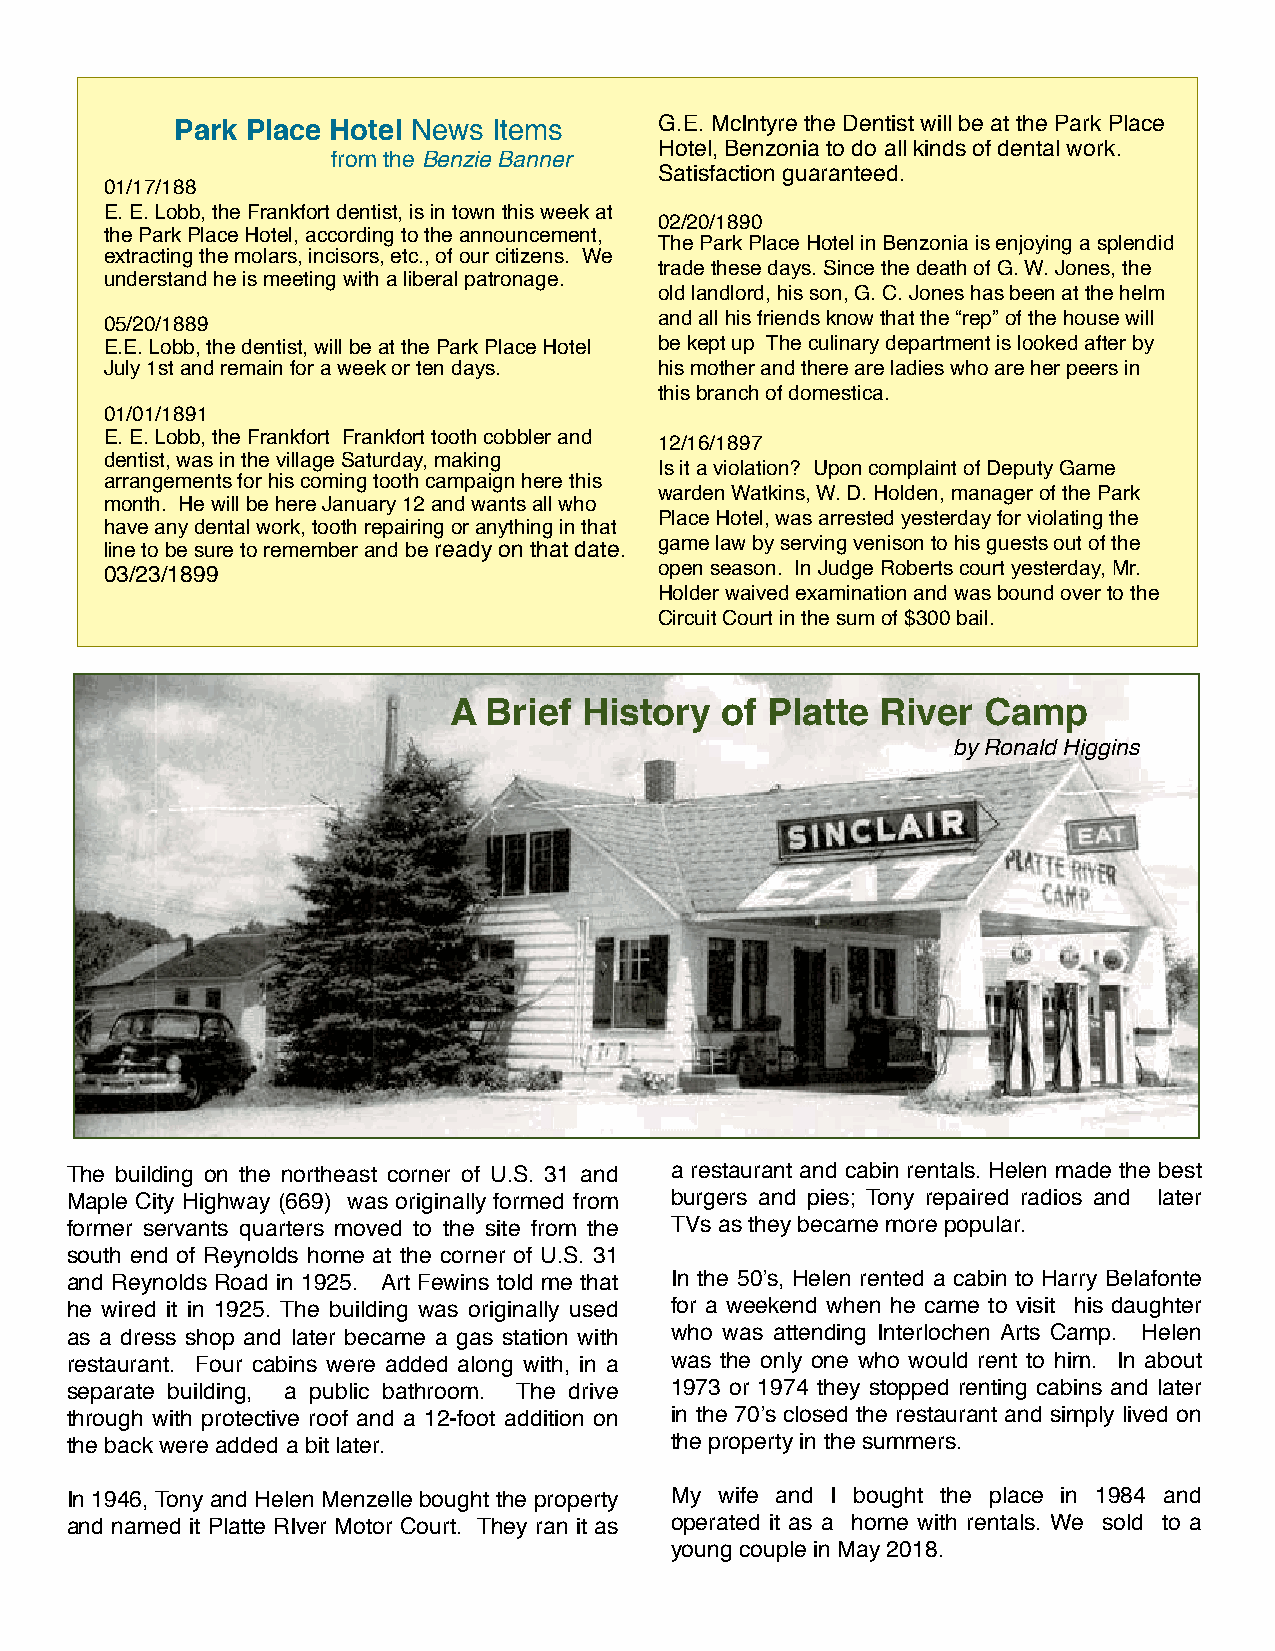
Park Place Hotel News Items     G.E. McIntyre the Dentist will be at the Park Place
 Hotel, Benzonia to do all kinds of dental work.
 from the Benzie Banner
 Satisfaction guaranteed.
 01/17/188
 E. E. Lobb, the Frankfort dentist, is in town this week at
 02/20/1890
 the Park Place Hotel, according to the announcement,
 The Park Place Hotel in Benzonia is enjoying a splendid
 extracting the molars, incisors, etc., of our citizens. We
 trade these days. Since the death of G. W. Jones, the
 understand he is meeting with a liberal patronage.
 old landlord, his son, G. C. Jones has been at the helm
 05/20/1889                           and all his friends know that the “rep” of the house will
 E.E. Lobb, the dentist, will be at the Park Place Hotel be kept up The culinary department is looked after by
 July 1st and remain for a week or ten days. his mother and there are ladies who are her peers in
 this branch of domestica.
 01/01/1891
 E. E. Lobb, the Frankfort Frankfort tooth cobbler and 12/16/1897
 dentist, was in the village Saturday, making
 Is it a violation? Upon complaint of Deputy Game
 arrangements for his coming tooth campaign here this
 warden Watkins, W. D. Holden, manager of the Park
 month. He will be here January 12 and wants all who
 Place Hotel, was arrested yesterday for violating the
 have any dental work, tooth repairing or anything in that
 line to be sure to remember and be ready on that date. game law by serving venison to his guests out of the
 03/23/1899                           open season. In Judge Roberts court yesterday, Mr.
 Holder waived examination and was bound over to the
 Circuit Court in the sum of $300 bail.
 A Brief  History  of Platte River  Camp
 by Ronald Higgins
 The building on the northeast corner of U.S. 31 and a restaurant and cabin rentals. Helen made the best
 Maple City Highway (669) was originally formed from burgers and pies; Tony repaired radios and later
 former servants quarters moved to the site from the TVs as they became more popular.
 south end of Reynolds home at the corner of U.S. 31
 and Reynolds Road in 1925. Art Fewins told me that In the 50ʼs, Helen rented a cabin to Harry Belafonte
 he wired it in 1925. The building was originally used for a weekend when he came to visit his daughter
 as a dress shop and later became a gas station with who was attending Interlochen Arts Camp. Helen
 restaurant. Four cabins were added along with, in a was the only one who would rent to him. In about
 separate building, a public bathroom. The drive 1973 or 1974 they stopped renting cabins and later
 through with protective roof and a 12-foot addition on in the 70ʼs closed the restaurant and simply lived on
 the back were added a bit later.        the property in the summers.
 In 1946, Tony and Helen Menzelle bought the property My wife and I bought the place in 1984 and
 and named it Platte RIver Motor Court. They ran it as operated it as a home with rentals. We sold to a
 young couple in May 2018.